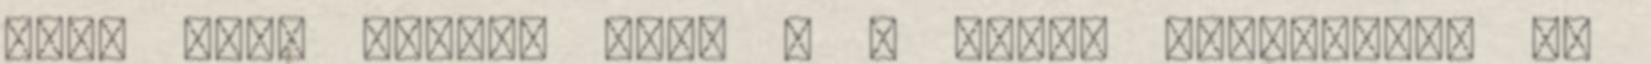
oda, ahol Sharon van. - A saját mércémmel. De